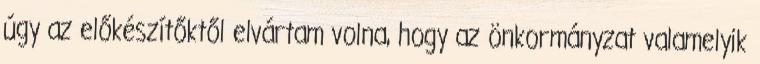
úgy az előkészítőktől elvártam volna, hogy az önkormányzat valamelyik